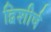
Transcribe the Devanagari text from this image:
द्विशीर्ष